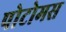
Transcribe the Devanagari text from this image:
पोटोमस